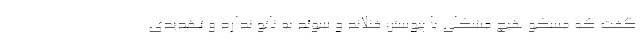
گفت که مسکو هیچ مشکلی با پیوستن فنلاند و سوئد به ناتو ندارد و تهدیدی